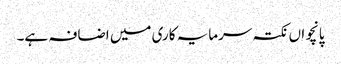
پانچواں نکتہ سرمایہ کاری میں اضافہ ہے۔